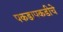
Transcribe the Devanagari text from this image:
पकडापकडीचे